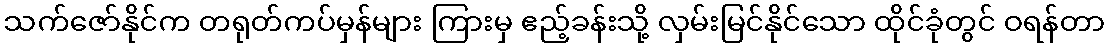
သက်ဇော်နိုင်က တရုတ်ကပ်မှန်များ ကြားမှ ဧည့်ခန်းသို့ လှမ်းမြင်နိုင်သော ထိုင်ခုံတွင် ဝရန်တာ